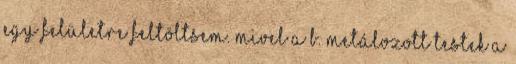
egy felületre feltöltsem. Mivel a b. Metálozott testek a